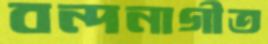
বন্দনাগীত